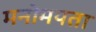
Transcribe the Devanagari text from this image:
मनोमयता